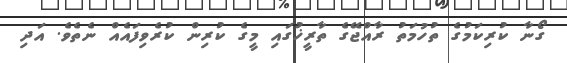
ގޯނާ ކުރިކަމުގެ ތުހުމަތު ރާއްޖޭގެ ތާރީޚުގައި މީގެ ކުރިން ކުރެވިފައެއް ނެތެވެ. އަދި